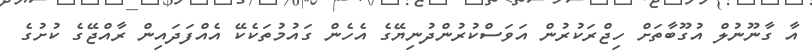
އާ ގާނޫނުލް އުގޫބާތަށް ހިޖްރަކުރުން އަވަސްކުރުންދުނިޔޭގެ އެހެން ގައުމުތަކެކޭ އެއްފަދައިން ރާއްޖޭގެ ކުށުގެ